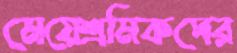
মেয়েশ্রমিকদের